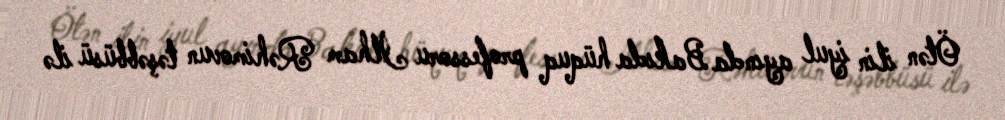
Ötən ilin iyul ayında Bakıda hüquq professoru İlham Rəhimovun təşəbbüsü ilə